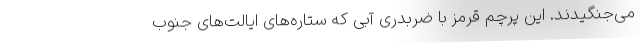
می‌جنگیدند. این پرچم قرمز با ضربدری آبی که ستاره‌های ایالت‌های جنوب